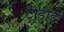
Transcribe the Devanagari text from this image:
टीडीई